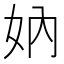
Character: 妠